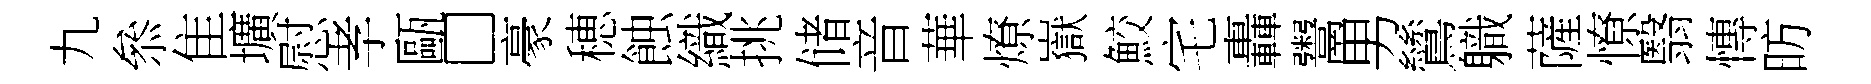
九叅隹壙慰孝甌□豪穂蝕織挑储音華燎嶽鮫宅轟鬻男鷥軄薩憭翳慱昉